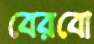
বেরবো